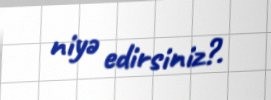
niyə edirsiniz?.